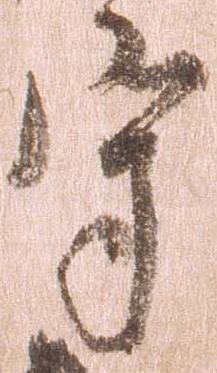
守